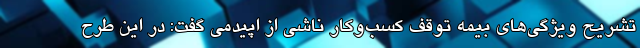
تشریح ویژگی‌های بیمه توقف کسب‌وکار ناشی از اپیدمی گفت: در این طرح